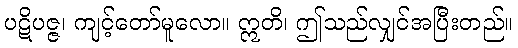
ပဋိပဇ္ဇ၊ ကျင့်တော်မူလော။ ဣတိ၊ ဤသည်လျှင်အပြီးတည်။